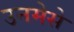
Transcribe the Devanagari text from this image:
उनमेसे